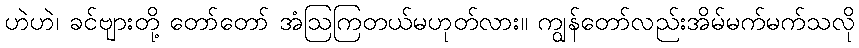
ဟဲဟဲ၊ ခင်ဗျားတို့ တော်တော် အံဩကြတယ်မဟုတ်လား။ ကျွန်တော်လည်းအိမ်မက်မက်သလို